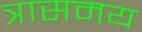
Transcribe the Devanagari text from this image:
त्रासमय